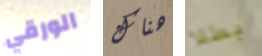
الورقي هناك بطلا